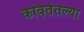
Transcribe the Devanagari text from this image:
कवितेतल्या